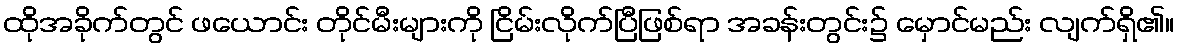
ထိုအခိုက်တွင် ဖယောင်း တိုင်မီးများကို ငြိမ်းလိုက်ပြီဖြစ်ရာ အခန်းတွင်း၌ မှောင်မည်း လျက်ရှိ၏။